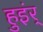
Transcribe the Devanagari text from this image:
हुइंर्